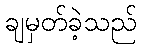
ချမှတ်ခဲ့သည်